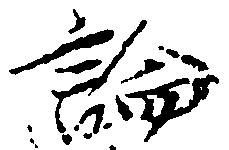
論